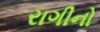
રાગીનો